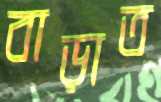
বাড়াত